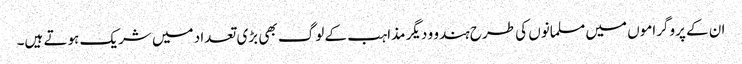
ان کے پروگراموں میں مسلمانوں کی طرح ہندو و دیگر مذاہب کے لوگ بھی بڑی تعداد میں شریک ہوتے ہیں۔